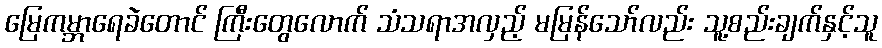
မြေကမ္ဘာရေခဲတောင် ကြီးတွေလောက် သံသရာအလှည့် မမြန်သော်လည်း သူ့စည်းချက်နှင့်သူ